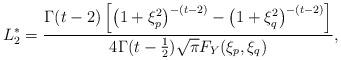
LaTeX: \begin{align*} L_{2}^{\ast}&=\frac{\Gamma(t-2)\left[\left(1+\xi_{p}^{2}\right)^{-(t-2)}-\left(1+\xi_{q}^{2}\right)^{-(t-2)}\right]}{4\Gamma(t-\frac{1}{2})\sqrt{\pi}F_{Y}(\xi_{p},\xi_{q})},\end{align*}